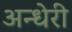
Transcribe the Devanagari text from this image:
अन्धेरी